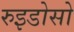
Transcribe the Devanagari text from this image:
रुइडोसो